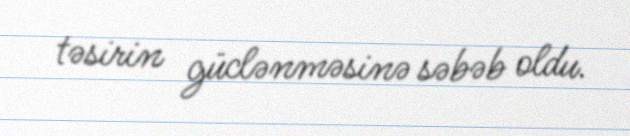
təsirin güclənməsinə səbəb oldu.